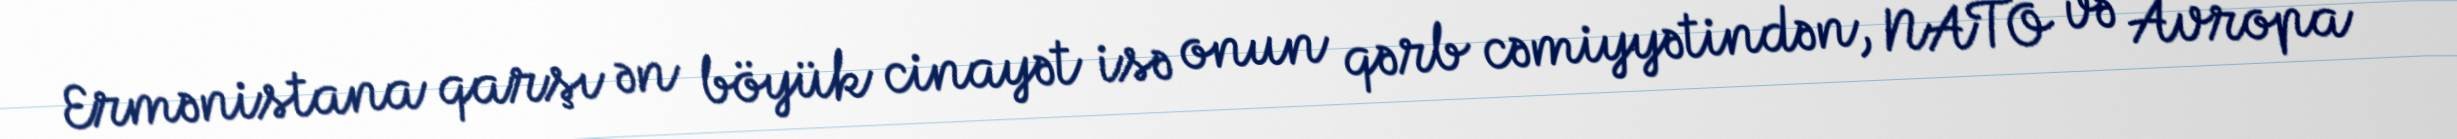
Ermənistana qarşı ən böyük cinayət isə onun qərb cəmiyyətindən, NATO və Avropa